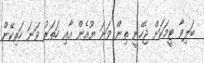
ބަލިވާ ޓީމަކަށް ޖެހޭނީ ތިން ވަނަ ޔޫއެން އާއި ހަތަރު ވަނަ ހަރިކޭން